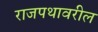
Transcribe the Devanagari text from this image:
राजपथावरील